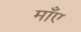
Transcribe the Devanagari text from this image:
माँए